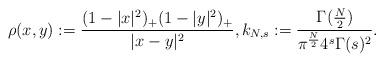
LaTeX: \begin{align*}\rho(x,y):=\frac{(1-|x|^2)_+(1-|y|^2)_+}{|x-y|^2},k_{N,s}:=\frac{\Gamma(\frac{N}{2})}{\pi^\frac{N}{2}4^s\Gamma(s)^2}.\end{align*}